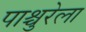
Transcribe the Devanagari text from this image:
पाश्चुरेला